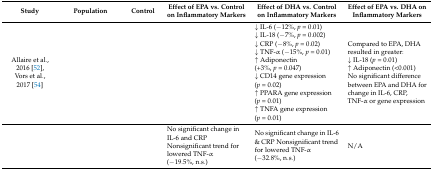
<table><thead><tr><td><b>Study</b></td><td><b>Population</b></td><td><b>Control</b></td><td><b>Effect of EPA vs. Control on Inflammatory Markers</b></td><td><b>Effect of DHA vs. Control on Inflammatory Markers</b></td><td><b>Effect of EPA vs. DHA on Inflammatory Markers</b></td></tr></thead><tbody><tr><td>Allaire et al., 2016 [52], Vors et al., 2017 [54]</td><td>[EMPTY_CELL]</td><td>[EMPTY_CELL]</td><td>[EMPTY_CELL]</td><td>↓ IL-6 (−12%, <i>p</i> = 0.01)↓ IL-18 (−7%, <i>p</i> = 0.002)↓ CRP (−8%, <i>p</i> = 0.02)↓ TNF-α (−15%, <i>p</i> = 0.01)↑ Adiponectin (+3%, <i>p</i> = 0.047)↓ CD14 gene expression (<i>p</i> = 0.02)↑ PPARA gene expression (<i>p</i> = 0.01)↑ TNFA gene expression (<i>p</i> = 0.01)</td><td>Compared to EPA, DHA resulted in greater:↓ IL-18 (<i>p</i> = 0.01)↑ Adiponectin (&lt;0.001)No significant difference between EPA and DHA for change in IL-6, CRP, TNF-α or gene expression</td></tr><tr><td>[EMPTY_CELL]</td><td>[EMPTY_CELL]</td><td>[EMPTY_CELL]</td><td>No significant change in IL-6 and CRPNonsignificant trend for lowered TNF-α (−19.5%, n.s.)</td><td>No significant change in IL-6 &amp; CRP Nonsignificant trend for lowered TNF-α (−32.8%, n.s.)</td><td>N/A</td></tr></tbody></table>